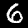
Digit: 6